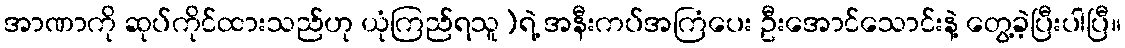
အာဏာကို ဆုပ်ကိုင်ထားသည်ဟု ယုံကြည်ရသူ)ရဲ့ အနီးကပ်အကြံပေး ဦးအောင်သောင်းနဲ့ တွေ့ခဲ့ပြီးပါပြီ။